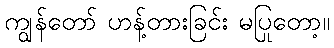
ကျွန်တော် ဟန့်တားခြင်း မပြုတော့။